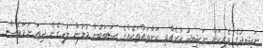
ނަޝީދުގެ ވެރިކަން ނަޝީދު ކުރެއްވި ކަންތައްތަކެއްގެ ސަބަބުން މުލުން ލުހިގެން ދިއަ ނަމަވެސް